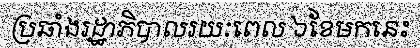
ប្រឆាំងរដ្ឋាភិបាលរយៈពេល ៦ខែមកនេះ